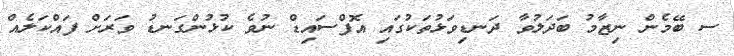
ސ ބޭމެން ނިޒާމު ބަދަލުވާ ދަނޑިވަޅުތަކުގައި އޮފްސައިޑް ނުވެ ކުޅުންގަނޑު ވަރަށް ފައްކަލެއް